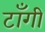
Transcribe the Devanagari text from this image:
टाँगी